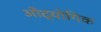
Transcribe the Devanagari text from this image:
औद्योगिक